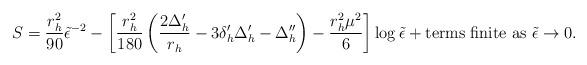
LaTeX: \begin{align*}S=\frac {r_{h}^{2}}{90} {\tilde {\epsilon }}^{-2}-\left[\frac {r_{h}^{2}}{180} \left( \frac {2\Delta _{h}'}{r_{h}} - 3\delta _{h}' \Delta _{h}'-\Delta _{h}'' \right) -\frac {r_{h}^{2}\mu ^{2}}{6} \right]\log {\tilde {\epsilon }} + {\mbox {terms finite as }}{\tilde {\epsilon }}\rightarrow 0 .\end{align*}